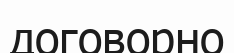
договорно